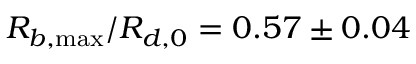
R _ { b , \operatorname* { m a x } } / R _ { d , 0 } = 0 . 5 7 \pm 0 . 0 4